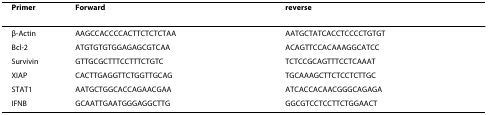
| Primer | Forward | reverse |
 | --- | --- | --- |
 | β-Actin | AAGCCACCCCACTTCTCTCTAA | AATGCTATCACCTCCCCTGTGT |
 | Bcl-2 | ATGTGTGTGGAGAGCGTCAA | ACAGTTCCACAAAGGCATCC |
 | Survivin | GTTGCGCTTTCCTTTCTGTC | TCTCCGCAGTTTCCTCAAAT |
 | XIAP | CACTTGAGGTTCTGGTTGCAG | TGCAAAGCTTCTCCTCTTGC |
 | STAT1 | AATGCTGGCACCAGAACGAA | ATCACCACAACGGGCAGAGA |
 | IFNB | GCAATTGAATGGGAGGCTTG | GGCGTCCTCCTTCTGGAACT |